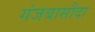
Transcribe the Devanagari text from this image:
गंजबासौदा